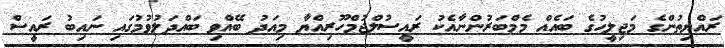
ރައްޔިތުންގެ މަޖިލީހުގެ ބައެއް މެމްބަރުންނާއެކު ރައީސުލްޖުމްހޫރިއްޔާ މިއަދު ބޭއްވި ބައްދަލުވުމުގައި ނައިބު ރައީސް